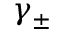
\gamma _ { \pm }